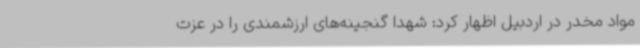
مواد مخدر در اردبیل اظهار کرد: شهدا گنجینه‌های ارزشمندی را در عزت